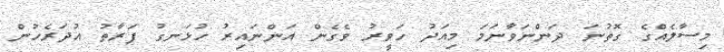
މިސާލެއްގެ ގޮތުނަ ދަންނަވާނަމަ މިއަދު ހަވީރު ވެގެން އަންނައިރު ހުޅަނގު ފަރާތު އުދަރެހުން